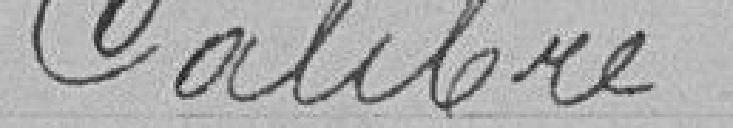
Calibre